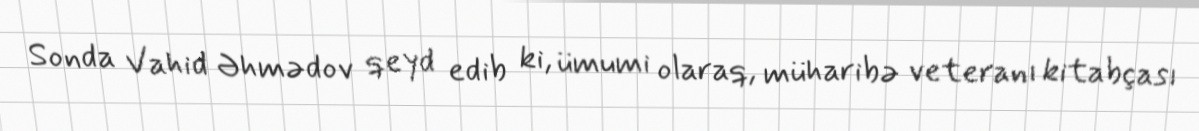
Sonda Vahid Əhmədov qeyd edib ki, ümumi olaraq, müharibə veteranı kitabçası